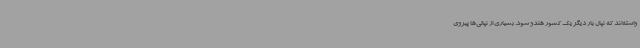
واسته‌اند که نپال بار دیگر یک کشور هندو شود. بسیاری از نپالی‌ها پیروی